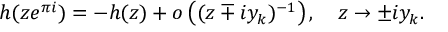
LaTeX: h ( z e ^ { \pi i } ) = - h ( z ) + o \left( ( z \mp i y _ { k } ) ^ { - 1 } \right) , \quad z \to \pm i y _ { k } .